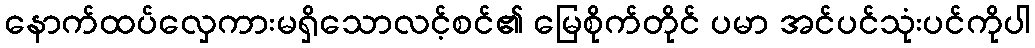
နောက်ထပ်လှေကားမရှိသောလင့်စင်၏ မြေစိုက်တိုင် ပမာ အင်ပင်သုံးပင်ကိုပါ